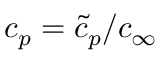
c _ { p } = { \tilde { c } _ { p } } / { c _ { \infty } }